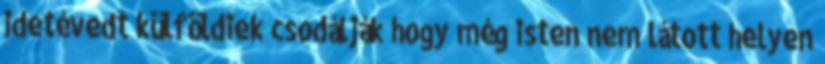
idetévedt külföldiek csodálják hogy még isten nem látott helyen